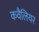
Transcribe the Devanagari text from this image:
कवैलियर